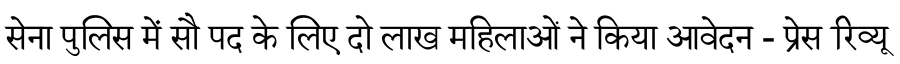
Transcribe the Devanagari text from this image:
सेना पुलिस में सौ पद के लिए दो लाख महिलाओं ने किया आवेदन - प्रेस रिव्यू